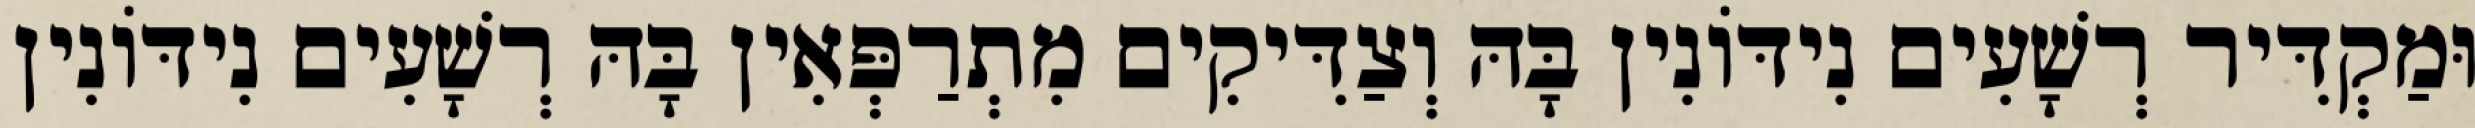
וּמַקְדִּיר רְשָׁעִים נִידּוֹנִין בָּהּ וְצַדִּיקִים מִתְרַפְּאִין בָּהּ רְשָׁעִים נִידּוֹנִין